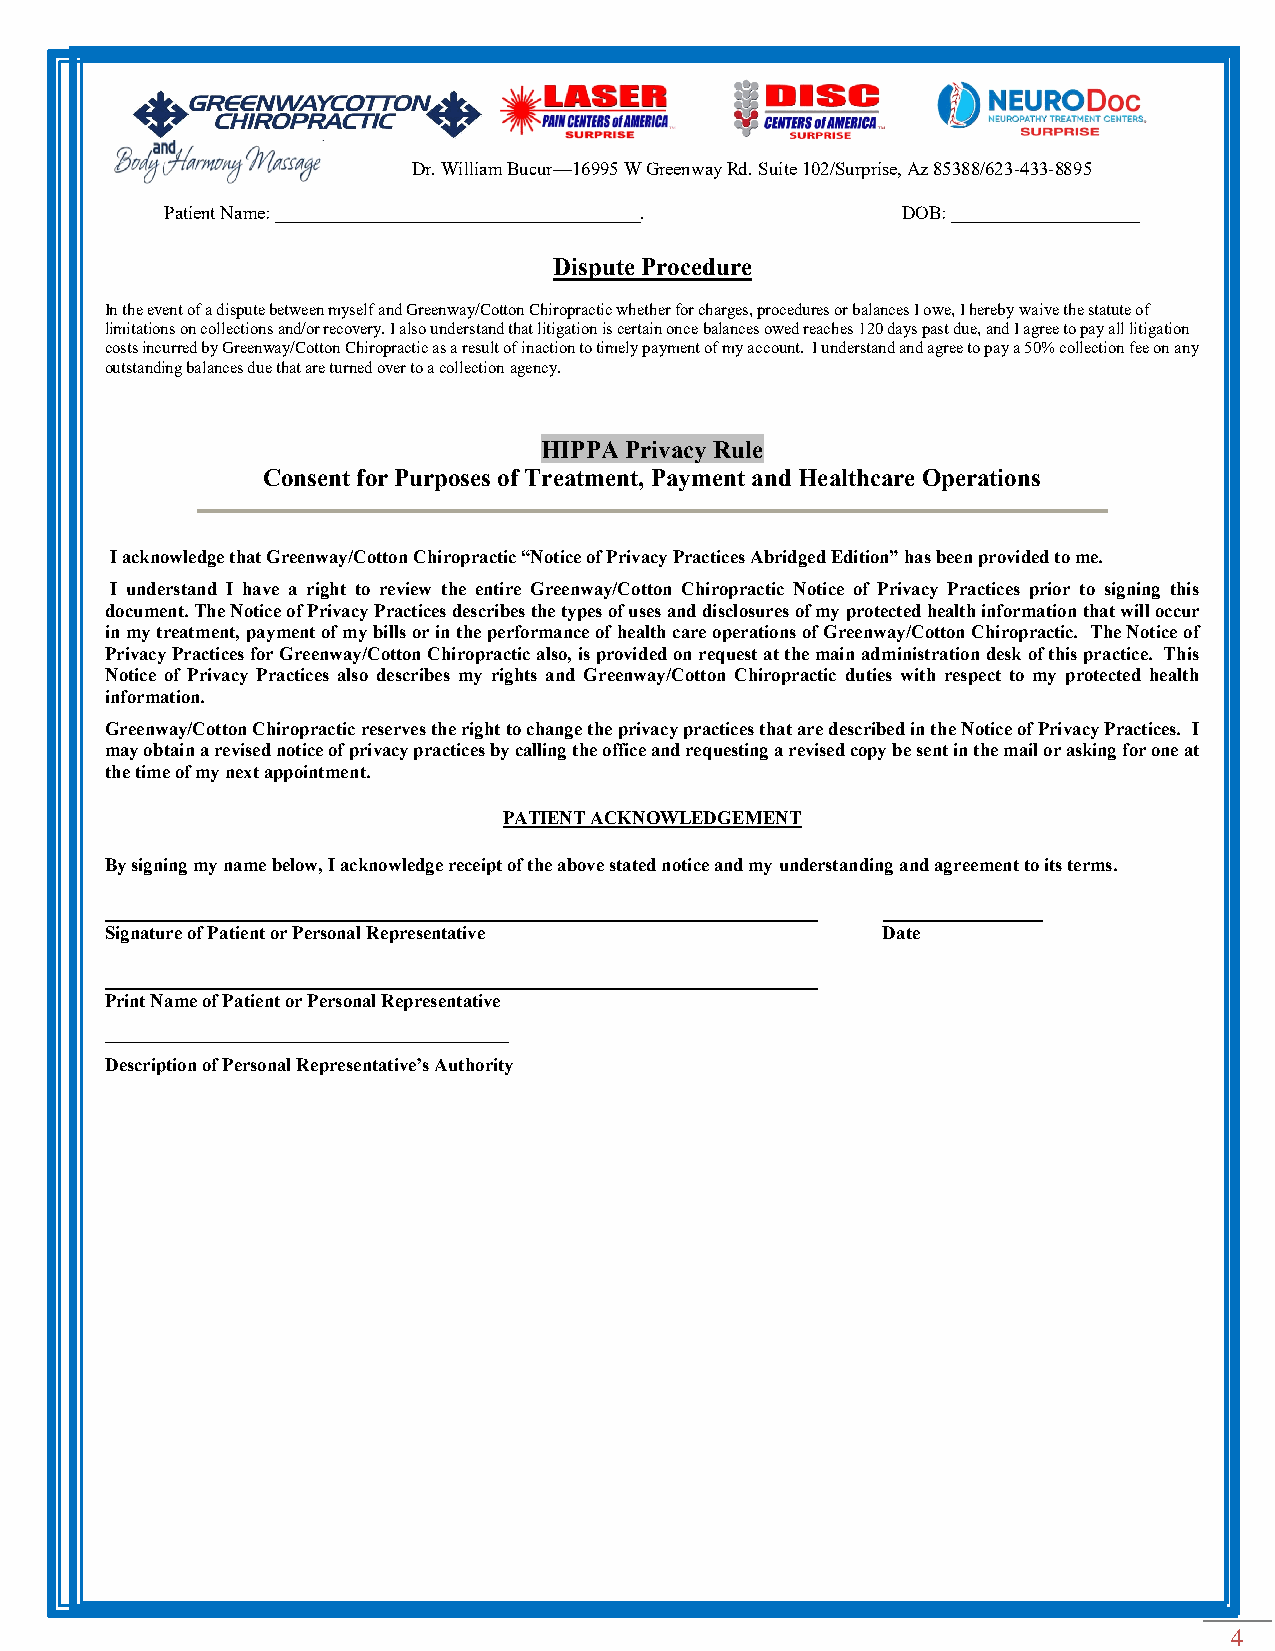
Dr. William Bucur—16995 W Greenway Rd. Suite 102/Surprise, Az 85388/623-433-8895
 Patient Name: _______________________________________. DOB: ____________________
 Dispute Procedure
 In the event of a dispute between myself and Greenway/Cotton Chiropractic whether for charges, procedures or balances I owe, I hereby waive the statute of
 limitations on collections and/or recovery. I also understand that litigation is certain once balances owed reaches 120 days past due, and I agree to pay all litigation
 costs incurred by Greenway/Cotton Chiropractic as a result of inaction to timely payment of my account. I understand and agree to pay a 50% collection fee on any
 outstanding balances due that are turned over to a collection agency.
 HIPPA Privacy Rule
 Consent for Purposes of Treatment, Payment and Healthcare Operations
 I acknowledge that Greenway/Cotton Chiropractic “Notice of Privacy Practices Abridged Edition” has been provided to me.
 I understand I have a right to review the entire Greenway/Cotton Chiropractic Notice of Privacy Practices prior to signing this
 document. The Notice of Privacy Practices describes the types of uses and disclosures of my protected health information that will occur
 in my treatment, payment of my bills or in the performance of health care operations of Greenway/Cotton Chiropractic. The Notice of
 Privacy Practices for Greenway/Cotton Chiropractic also, is provided on request at the main administration desk of this practice. This
 Notice of Privacy Practices also describes my rights and Greenway/Cotton Chiropractic duties with respect to my protected health
 information.
 Greenway/Cotton Chiropractic reserves the right to change the privacy practices that are described in the Notice of Privacy Practices. I
 may obtain a revised notice of privacy practices by calling the office and requesting a revised copy be sent in the mail or asking for one at
 the time of my next appointment.
 PATIENT ACKNOWLEDGEMENT
 By signing my name below, I acknowledge receipt of the above stated notice and my understanding and agreement to its terms.
 Signature of Patient or Personal Representative    Date
 Print Name of Patient or Personal Representative
 ___________________________________________
 Description of Personal Representative’s Authority
 4